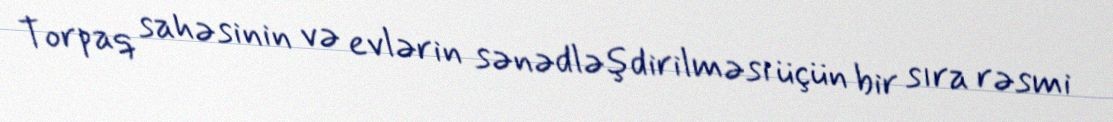
Torpaq sahəsinin və evlərin sənədləşdirilməsi üçün bir sıra rəsmi